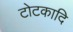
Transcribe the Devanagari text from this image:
टोटकादि